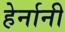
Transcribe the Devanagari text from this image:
हेर्नानी